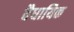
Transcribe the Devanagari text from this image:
वैधायिक